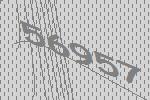
56957